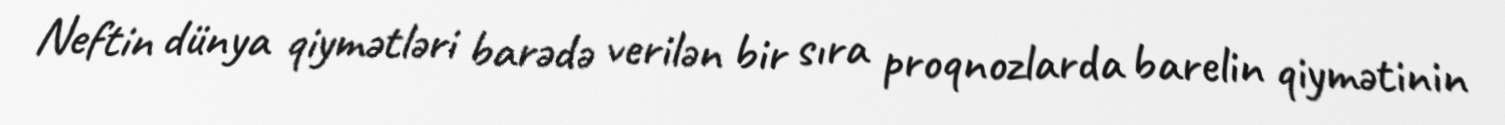
Neftin dünya qiymətləri barədə verilən bir sıra proqnozlarda barelin qiymətinin